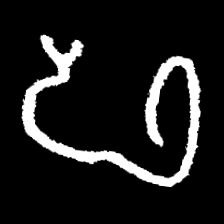
Pyu character \u2014 Myanmar letter: ဖ (romanized: pha)